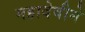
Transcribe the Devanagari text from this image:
महादेवीने